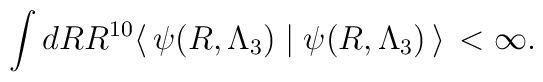
\int dR R^{10} \langle \, \psi(R, \Lambda_3) \mid \psi(R, \Lambda_3)\, \rangle \, < \infty.